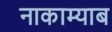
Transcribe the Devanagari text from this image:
नाकाम्याब